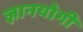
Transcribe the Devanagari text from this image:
ज्ञानयोगी